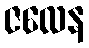
ဇလေန